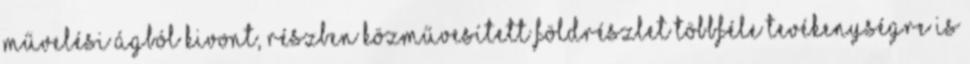
művelési ágból kivont, részben közművesített földrészlet többféle tevékenységre is